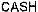
CASH